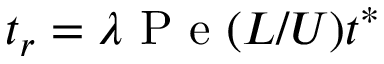
t _ { r } = \lambda \mathrm { ~ P ~ e ~ } ( L / U ) t ^ { \ast }